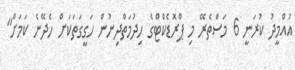
އުއްމީދު ކުރަނީ 6 މަސްތެރޭ މި ޕްރޮޑެކްޓްގެ ހިދުމަތްދިނުން ހަގީގަތަކަށް ހެދޭނެ ކަމަށް"